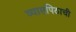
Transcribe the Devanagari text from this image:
व्यासपिठाची